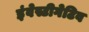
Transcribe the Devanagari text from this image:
इंवेस्टीगेटिव